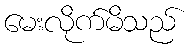
မေးလိုက်မိသည်